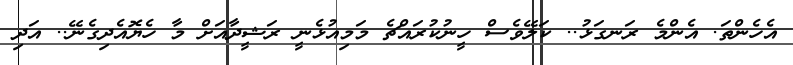
އެހެންތަ. އެންމެ ރަނގަޅު.. ކަލޭވެސް ހީނުކުރައްޗެ މަމިއުޅެނީ ރަޝީދާއަށް މާ ހެޔޮއެދިގެނޭ.. އަދި